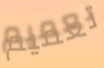
تعميم